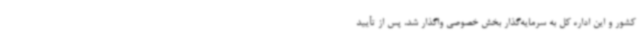
کشور و این اداره کل به سرمایه‌گذار بخش خصوصی واگذار شد، پس از تأیید